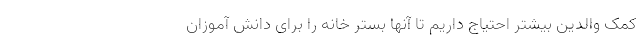
کمک والدین بیشتر احتیاج داریم تا آنها بستر خانه را برای دانش آموزان